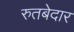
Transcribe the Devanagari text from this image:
रुतबेदार